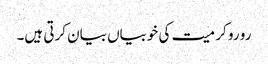
رو رو کر میت کی خوبیاں بیان کرتی ہیں۔